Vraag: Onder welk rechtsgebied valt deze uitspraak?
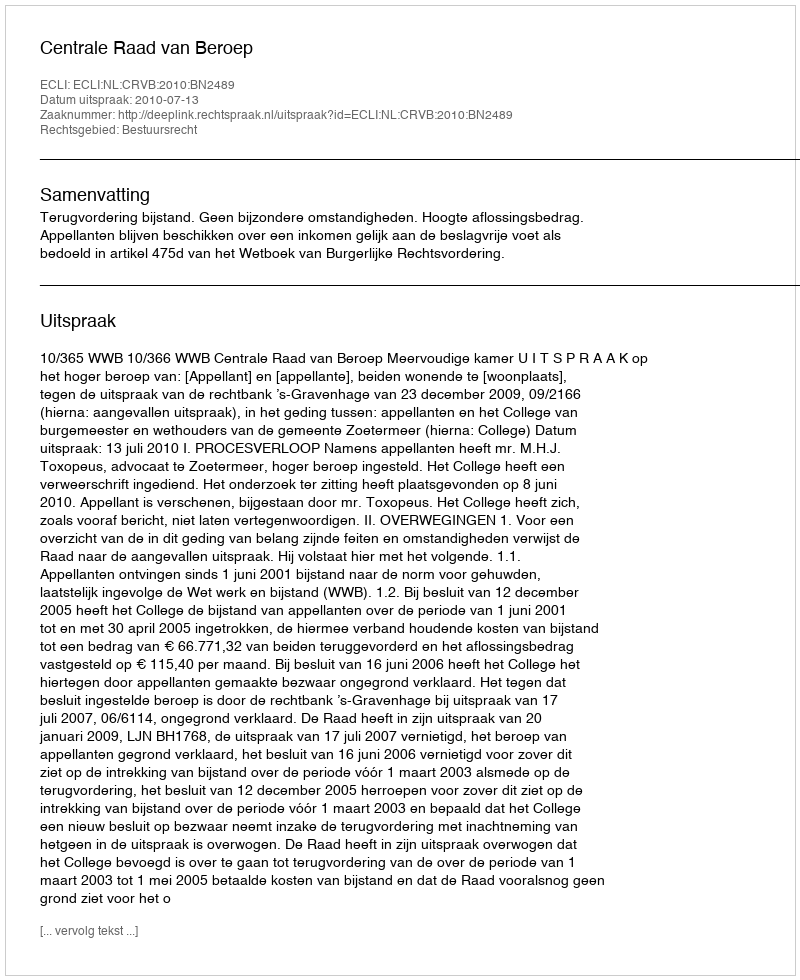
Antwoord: Bestuursrecht